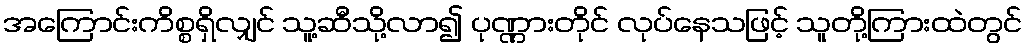
အကြောင်းကိစ္စရှိလျှင် သူ့ဆီသို့လာ၍ ပုဏ္ဏားတိုင် လုပ်နေသဖြင့် သူတို့ကြားထဲတွင်